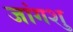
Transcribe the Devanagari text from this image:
जांगशु